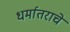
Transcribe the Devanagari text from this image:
धर्मातराचे